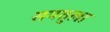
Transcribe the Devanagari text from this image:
समतुला